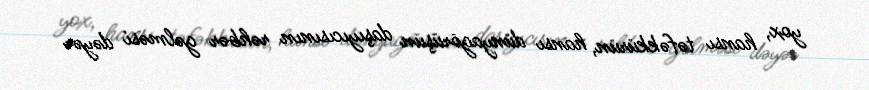
yox, hansı təfəkkürün, hansı dünyagörüşün daşıyıcısının rəhbər gəlməsi dəyər